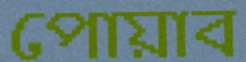
পোয়াব